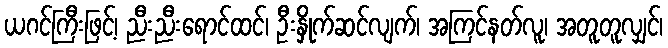
ယဂင်ကြီးဖြင့်၊ ညီးညီးရောင်ထင်၊ ဦးနှိုက်ဆင်လျက်၊ အကြင်နတ်လူ၊ အတူတူလျှင်၊